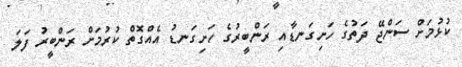
ކުޅުމަށް ސަންޖޭ ދަތުގެ ހަށިގަނޑާއި ރަންބީރުގެ ހަށިގަނޑު އެއްގޮތް ކުރުމަށް ރަންބީރު ފަލަ